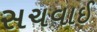
સચવાઈ